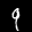
Label: 9